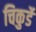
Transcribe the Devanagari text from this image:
चिकुर्डे